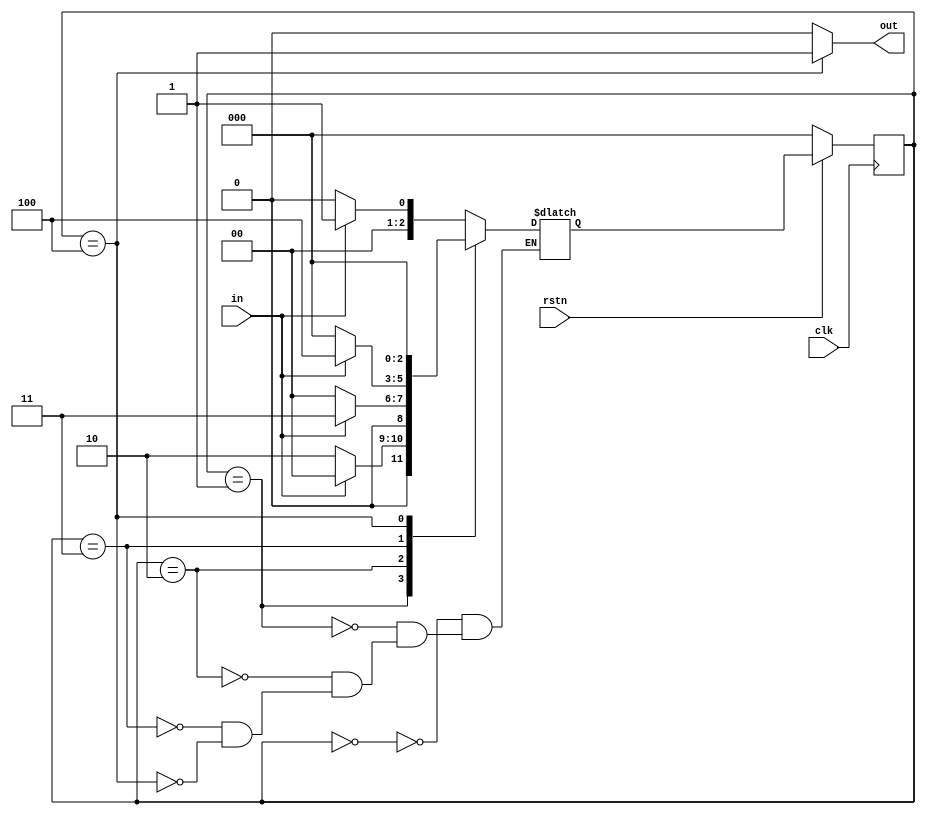
// This program was cloned from: https://github.com/matthewdelorenzo/CreativEval
// License: BSD 3-Clause "New" or "Revised" License

module top ( input clk,
                  input rstn,
                  input in,
                  output out );

  parameter IDLE 	= 0,
  			S1 		= 1,
  			S10 	= 2,
  			S101 	= 3,
  			S1011 	= 4;

  reg [2:0] cur_state, next_state;

  assign out = cur_state == S1011 ? 1 : 0;

  always @ (posedge clk) begin
    if (!rstn)
      	cur_state <= IDLE;
     else
     	cur_state <= next_state;
  end

  always @ (cur_state or in) begin
    case (cur_state)
      IDLE : begin
        if (in) next_state = S1;
        else next_state = IDLE;
      end

      S1: begin
        if (in) next_state = IDLE;
        else 	next_state = S10;
      end

      S10 : begin
        if (in) next_state = S101;
        else 	next_state = IDLE;
      end

      S101 : begin
        if (in) next_state = S1011;
        else 	next_state = IDLE;
      end

      S1011: begin
        next_state = IDLE;
      end
    endcase
  end
endmodule